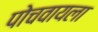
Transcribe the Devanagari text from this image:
पोचवायला